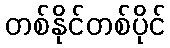
တစ်နိုင်တစ်ပိုင်